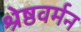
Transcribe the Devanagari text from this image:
श्रेष्ठवर्मन